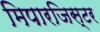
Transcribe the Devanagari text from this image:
मिपारजिस्टर